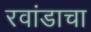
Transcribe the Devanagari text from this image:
रवांडाचा